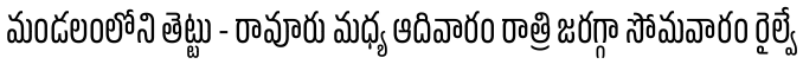
మండలంలోని తెట్టు - రావూరు మధ్య ఆదివారం రాత్రి జరగ్గా సోమవారం రైల్వే